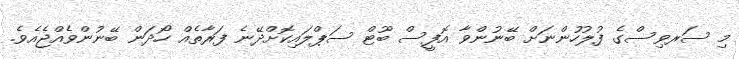
މި ސަރވިސްގެ ފުލުހުންނަށް ބޭނުންވާ އޮފީސް ބޫޓް ސަޕްލައިކޮށްދޭނެ ފަރާތެއް ހޯދަން ބޭނުންވެއްޖެއެވެ.